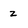
Character: z